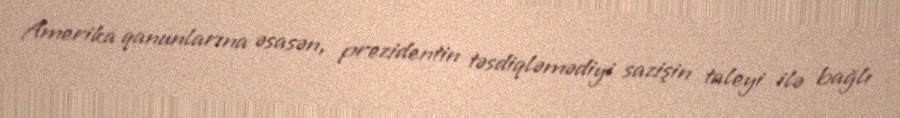
Amerika qanunlarına əsasən, prezidentin təsdiqləmədiyi sazişin taleyi ilə bağlı